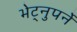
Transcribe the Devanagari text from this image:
भेट्नुपर्ने